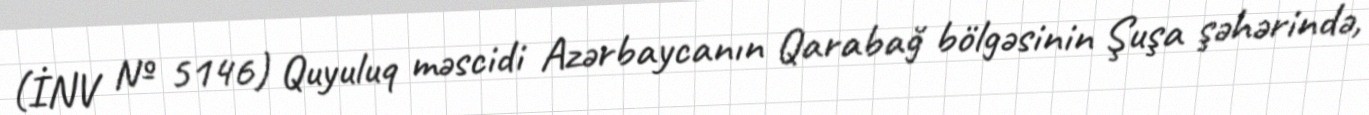
(İNV № 5146) Quyuluq məscidi Azərbaycanın Qarabağ bölgəsinin Şuşa şəhərində,